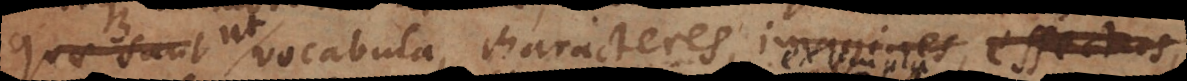
ut vocabula, characteres, imagines, effectus,